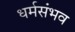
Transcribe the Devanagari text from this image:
धर्मसंभव